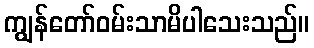
ကျွန်တော်ဝမ်းသာမိပါသေးသည်။